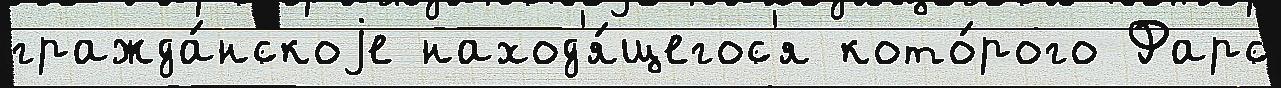
гражда́нскоjе наход'я́щегос'я кото́рого Фарс